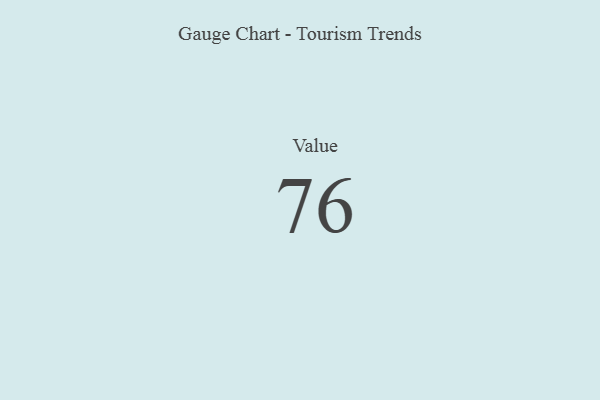
{"axis": {"x": "Metric", "y": "Value"}, "legend": [""], "data": [{"x": "Value", "y": 76, "type": ""}]}